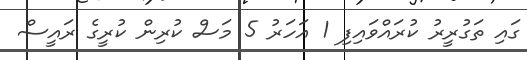
ގައި ތަގުރީރު ކުރައްވައިފި 1 އަހަރު 5 މަސް ކުރިން ކުރީގެ ރައީސް